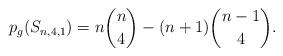
LaTeX: \begin{align*}p_g(S_{n,4,1}) = n \binom{n}{4} - (n+1) \binom{n-1}{4}.\end{align*}